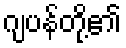
ဂျပန်တို့၏